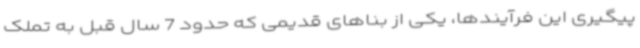
پیگیری این فرآیندها، یکی از بناهای قدیمی که حدود 7 سال قبل به تملک